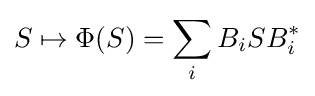
S\mapsto \Phi (S)=\sum _{i}B_{i}SB_{i}^{*}